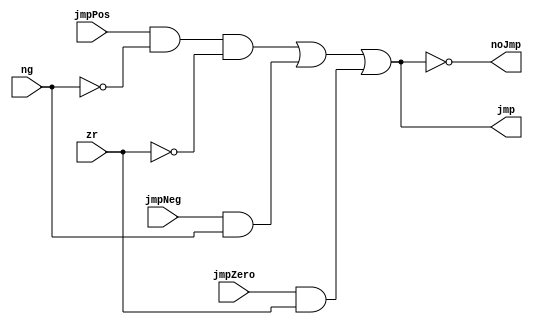
module JumpControl(
   input wire jmpNeg, jmpZero, jmpPos,
   input wire ng, zr,
   output wire jmp, noJmp
);

wire oJmpNeg, oJmpPos, oJmpZero;

assign oJmpPos = jmpPos && (!ng) && (!zr);
assign oJmpNeg = jmpNeg && ng;
assign oJmpZero = jmpZero && zr;

wire doJmp = oJmpPos || oJmpNeg || oJmpZero;
assign jmp = doJmp;
assign noJmp = !doJmp;

endmodule
// Local Variables:
// verilog-library-directories:(".." "./rtl" ".")
// End: